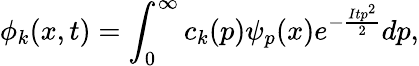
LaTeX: \phi_{k}(x,t)=\int_{0}^{\infty}c_{k}(p)\psi_{p}(x)e^{-{\frac{Itp^{2}}{2}}}dp,